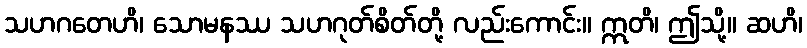
သဟဂတေဟိ၊ သောမနဿ သဟဂုတ်စိတ်တို့ လည်းကောင်း။ ဣတိ၊ ဤသို့။ ဆဟိ၊